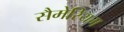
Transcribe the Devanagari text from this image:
सैमेरियम